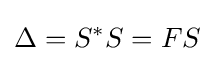
\Delta =S^{*}S=FS